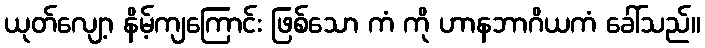
ယုတ်လျော့ နိမ့်ကျကြောင်း ဖြစ်သော ကံ ကို ဟာနဘာဂိယကံ ခေါ်သည်။